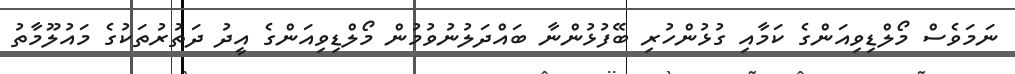
ނަމަވެސް މޯލްޑިވިއަންގެ ކަމާއި ގުޅުންހުރި ބޭފުޅުންނާ ބައްދަލުނުވުމުން މޯލްޑިވިއަންގެ އީދު ދަތުރުތަކުގެ މައުލޫމާތު